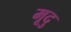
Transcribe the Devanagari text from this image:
मूदु